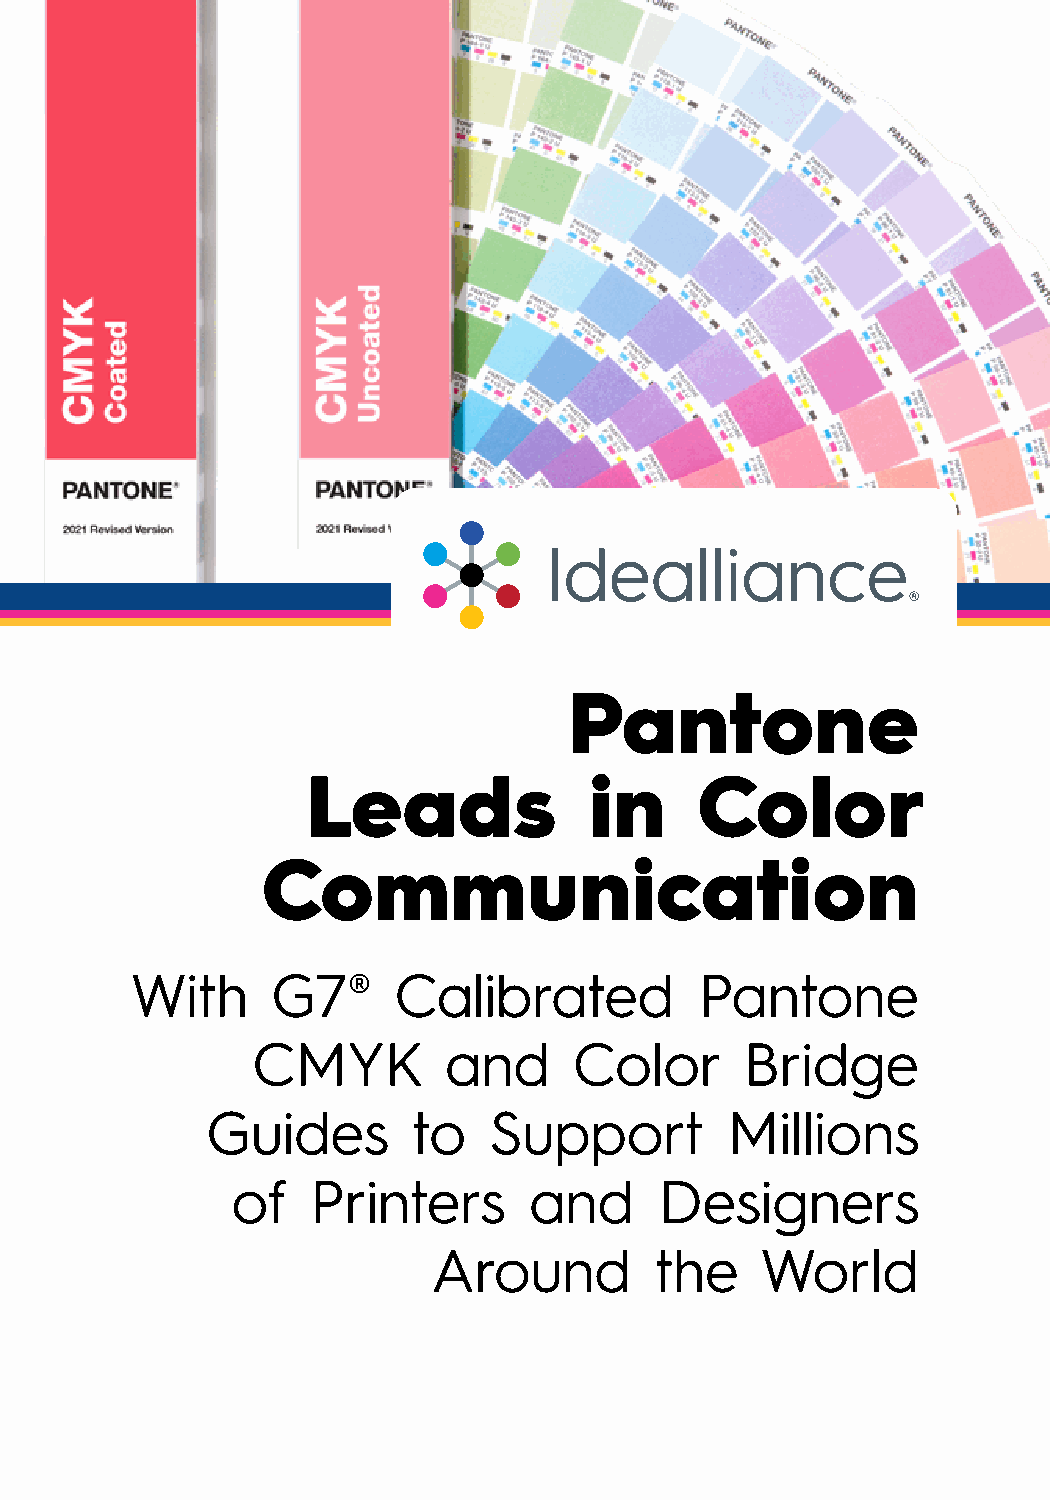
Pantone
 Leads              in     Color
 Communication
 With     G7®     Calibrated          Pantone
 CMYK        and      Color      Bridge
 Guides       to   Support         Millions
 of    Printers      and      Designers
 Around        the    World